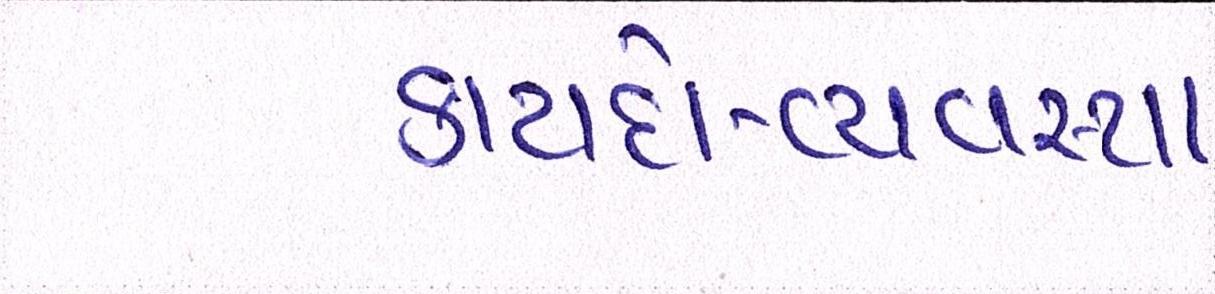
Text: કાયદો-વ્યવસ્થા